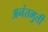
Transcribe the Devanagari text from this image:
अनंतमुर्ती